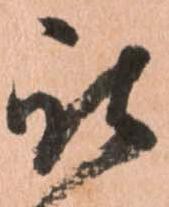
被